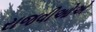
રાજવીઓએ